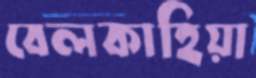
বেলকাহিয়া